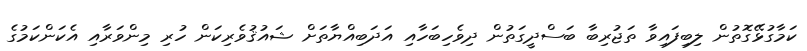
ކަމާގުޅޭގޮތުން ލިބިފައިވާ ތަޖުރިބާ ބަސްދީގަތުން ދިވެހިބަހާއި އަދަބިއްޔާތަށް ޝައުޤުވެރިކަން ހުރި މިންވަރާއި އެކަންކަމުގެ